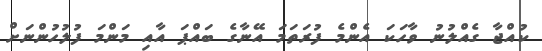
ކުއްޖާ ގެއްލުނު ވާހަކަ އެންމެ ފުރަތަމަ އޭނާގެ ބައްޕަ އާއި މަންމަ ފުލުހުންނަށް